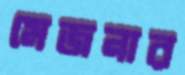
মেজনার